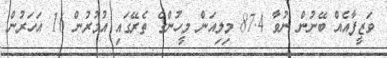
ވަޒީފާއެއް ބޭނުން ނުވާ 87.4 މިލިއަން މީހުންގެ ތެރޭގައި އުމުރުން 16 އަހަރުން